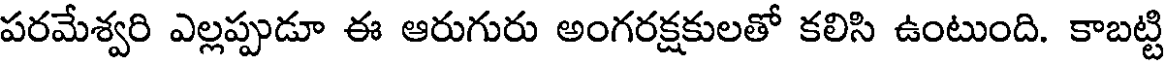
పరమేశ్వరి ఎల్లప్పుడూ ఈ ఆరుగురు అంగరక్షకులతో కలిసి ఉంటుంది. కాబట్టి